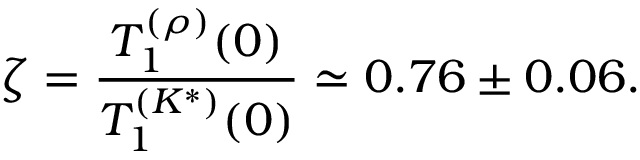
\zeta = \frac { T _ { 1 } ^ { ( \rho ) } ( 0 ) } { T _ { 1 } ^ { ( K ^ { * } ) } ( 0 ) } \simeq 0 . 7 6 \pm 0 . 0 6 .